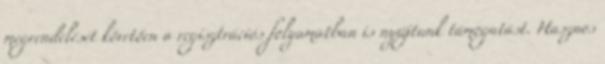
megrendelését követően a regisztrációs folyamatban is nyújtunk támogatást. Hasznos